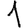
Digit: 1